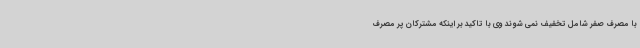
با مصرف صفر شامل تخفیف نمی شوند وی با تاکید بر اینکه مشترکان پر مصرف